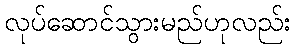
လုပ်ဆောင်သွားမည်ဟုလည်း